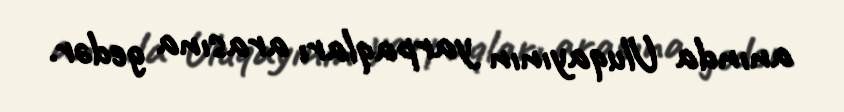
anında Uluqayının yarpaqları arasına gedər.